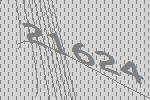
21624